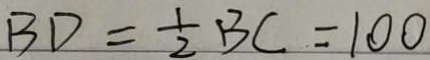
B D = \frac { 1 } { 2 } B C = 1 0 0